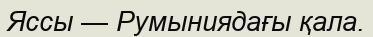
Яссы — Румыниядағы қала.